Leaving Certificate Examination, 1906
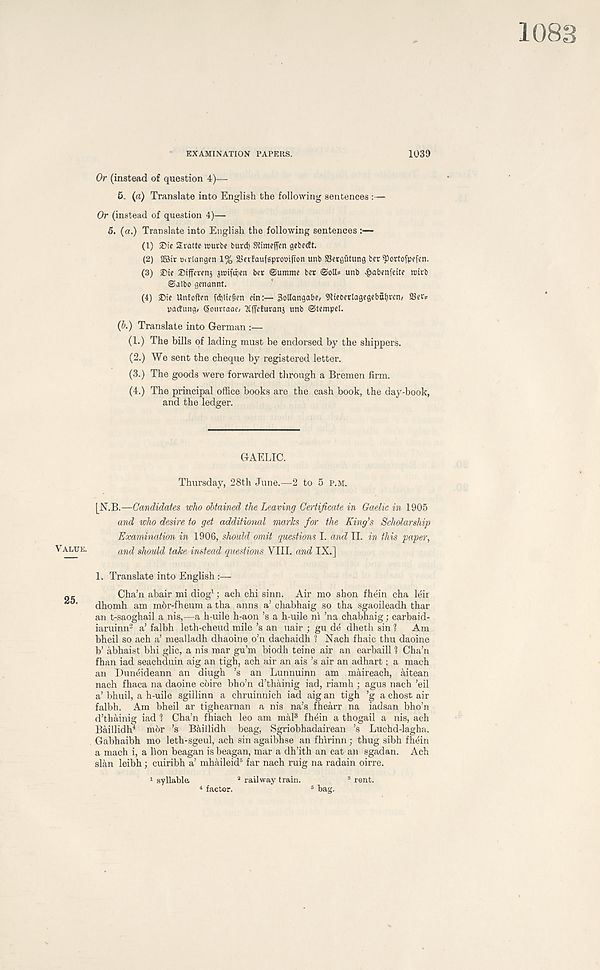
EXAMINATION PAPERS.
1039
Value.
25.
Or (instead of question 4)—
5. (a) Translate into English the following sentences :—
Or (instead of question 4)—
5. (a.) Translate into English the following sentences :—
(1) ®ic Srattc rourbe burd) SRimeffen gebecft.
(2) 2Bir iHVlangen 1% 2$erfaufsprooifton unb SSergutung ber ^ortofpefcn.
(3) ®ic
gwiftijen bet ©ummc bet ©oil* unb ^abenfeite wtrb
©albo genunnt.
(4) ®ie Unfoften fcbltc^en etn:— 3olIangabe, 9lteoerlagegebut)ren/ 25et*
pactung, Sourtaae/ "Kfrcturanj unb ©tempel.
(b.) Translate into German :—
(1.) The bills of lading must be endorsed by the shippers.
(2.) We sent the cheque by registered letter.
(3.) The goods were forwarded through a Bremen firm.
(4.) The principal office books are the cash book, the day-book,
and the ledger.
GAELIC.
Thursday, 28th June.—2 to 5 p.m.
[N.B.—Candidates who obtained the Leaving Certificate in Gaelic in 1905
and who desire to get additional marks for the King’s Scholarship
Examination in 1906, should omit questions I. and II. in this paper,
and should take instead questions VIII. and IX.]
L Translate into English
Cha’n abair mi diog 1 ; ach chi sinn. Air mo shon fhein cha leir
dhomh am m6r-fheum a tha anns a’ chabhaig so tha sgaoileadh thar
an t-saoghail a nis,—a h-uile h-aon’s a h-uile ni ’na chabhaig; carbaid-
iaruinn 2 a’ falbh leth-cheud mile’s an uair ; gu de dheth sin ? Am
bheil so ach a’ mealladh dhaoine o’n dachaidh 1 Nach fhaic thu daoine
b’ abhaist bhi glic, a nis mar gu’m biodh teine air an earbaill 1 Cha’n
fhan iad seachduin aig an tigh, ach air an ais’s air an adhart; a mach
an Duneideann an diugh ’s an Lunnuinn am maireach, aitean
nach fhaca na daoine cbire bho’n d’thainig iad, riamh ; agus nach ’eil
a’ bhuil, a h-uile sgillinn a chruinnich iad aig an tigh ’g a chost air
falbh. Am bheil ar tighearnan a nis na’s fhearr na iadsan bho’n
d’thainig iad 1 Cha’n fhiach leo am mal 3 fhein a thogail a nis, ach
Baillidh 4 m6r ’s Baillidh beag, Sgriobhadairean ’s Luchd-lagha.
Gabhaibh mo leth-sgeul, ach sin agaibhse an fhirinn; thug sibh fhein
a mach i, a lion beagan is beagan, mar a dh’ith an cat an sgadan. Ach
slan leibh; cuiribh a’ mhaileid 5 far nach ruig na radain oirre.
1 syllable
2 railway train.
8 rent.
4 factor.
5 bag.